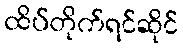
ထိပ်တိုက်ရင်ဆိုင်